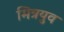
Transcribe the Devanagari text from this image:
मित्रयुव